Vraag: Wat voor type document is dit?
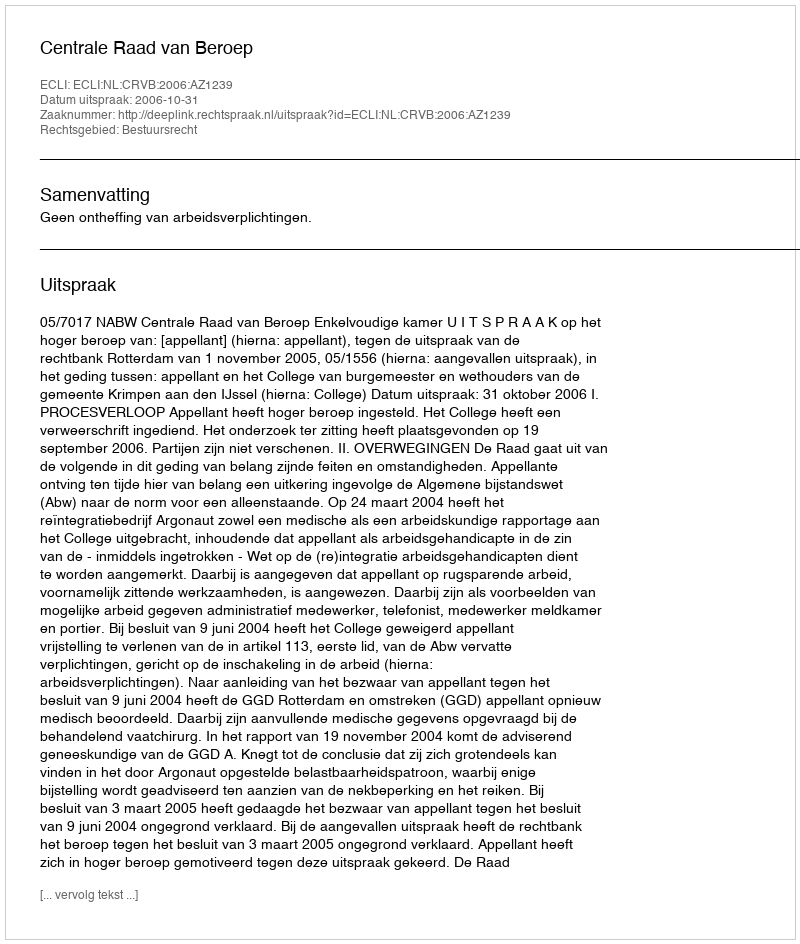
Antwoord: Uitspraak